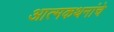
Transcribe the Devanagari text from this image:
आत्मकथनांचे